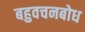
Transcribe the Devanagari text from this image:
बहुवचनबोध